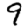
Digit: 9